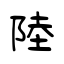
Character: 陸